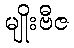
မျိုးဗီဇ